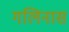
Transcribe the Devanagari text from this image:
गलिनास